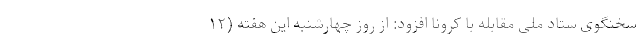
سخنگوی ستاد ملی مقابله با کرونا افزود: از روز چهارشنبه این هفته (۱۲